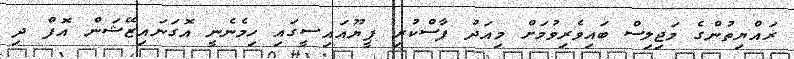
ރައްޔިތުންގެ މަޖިލިސް ބައިވެރިވުމަށް މިއަދު ފާސްކުރި ޕީޔޫއައިސީގައި ހިމެނެނީ އޮގަނައިޒޭޝަން އޮފް ދި